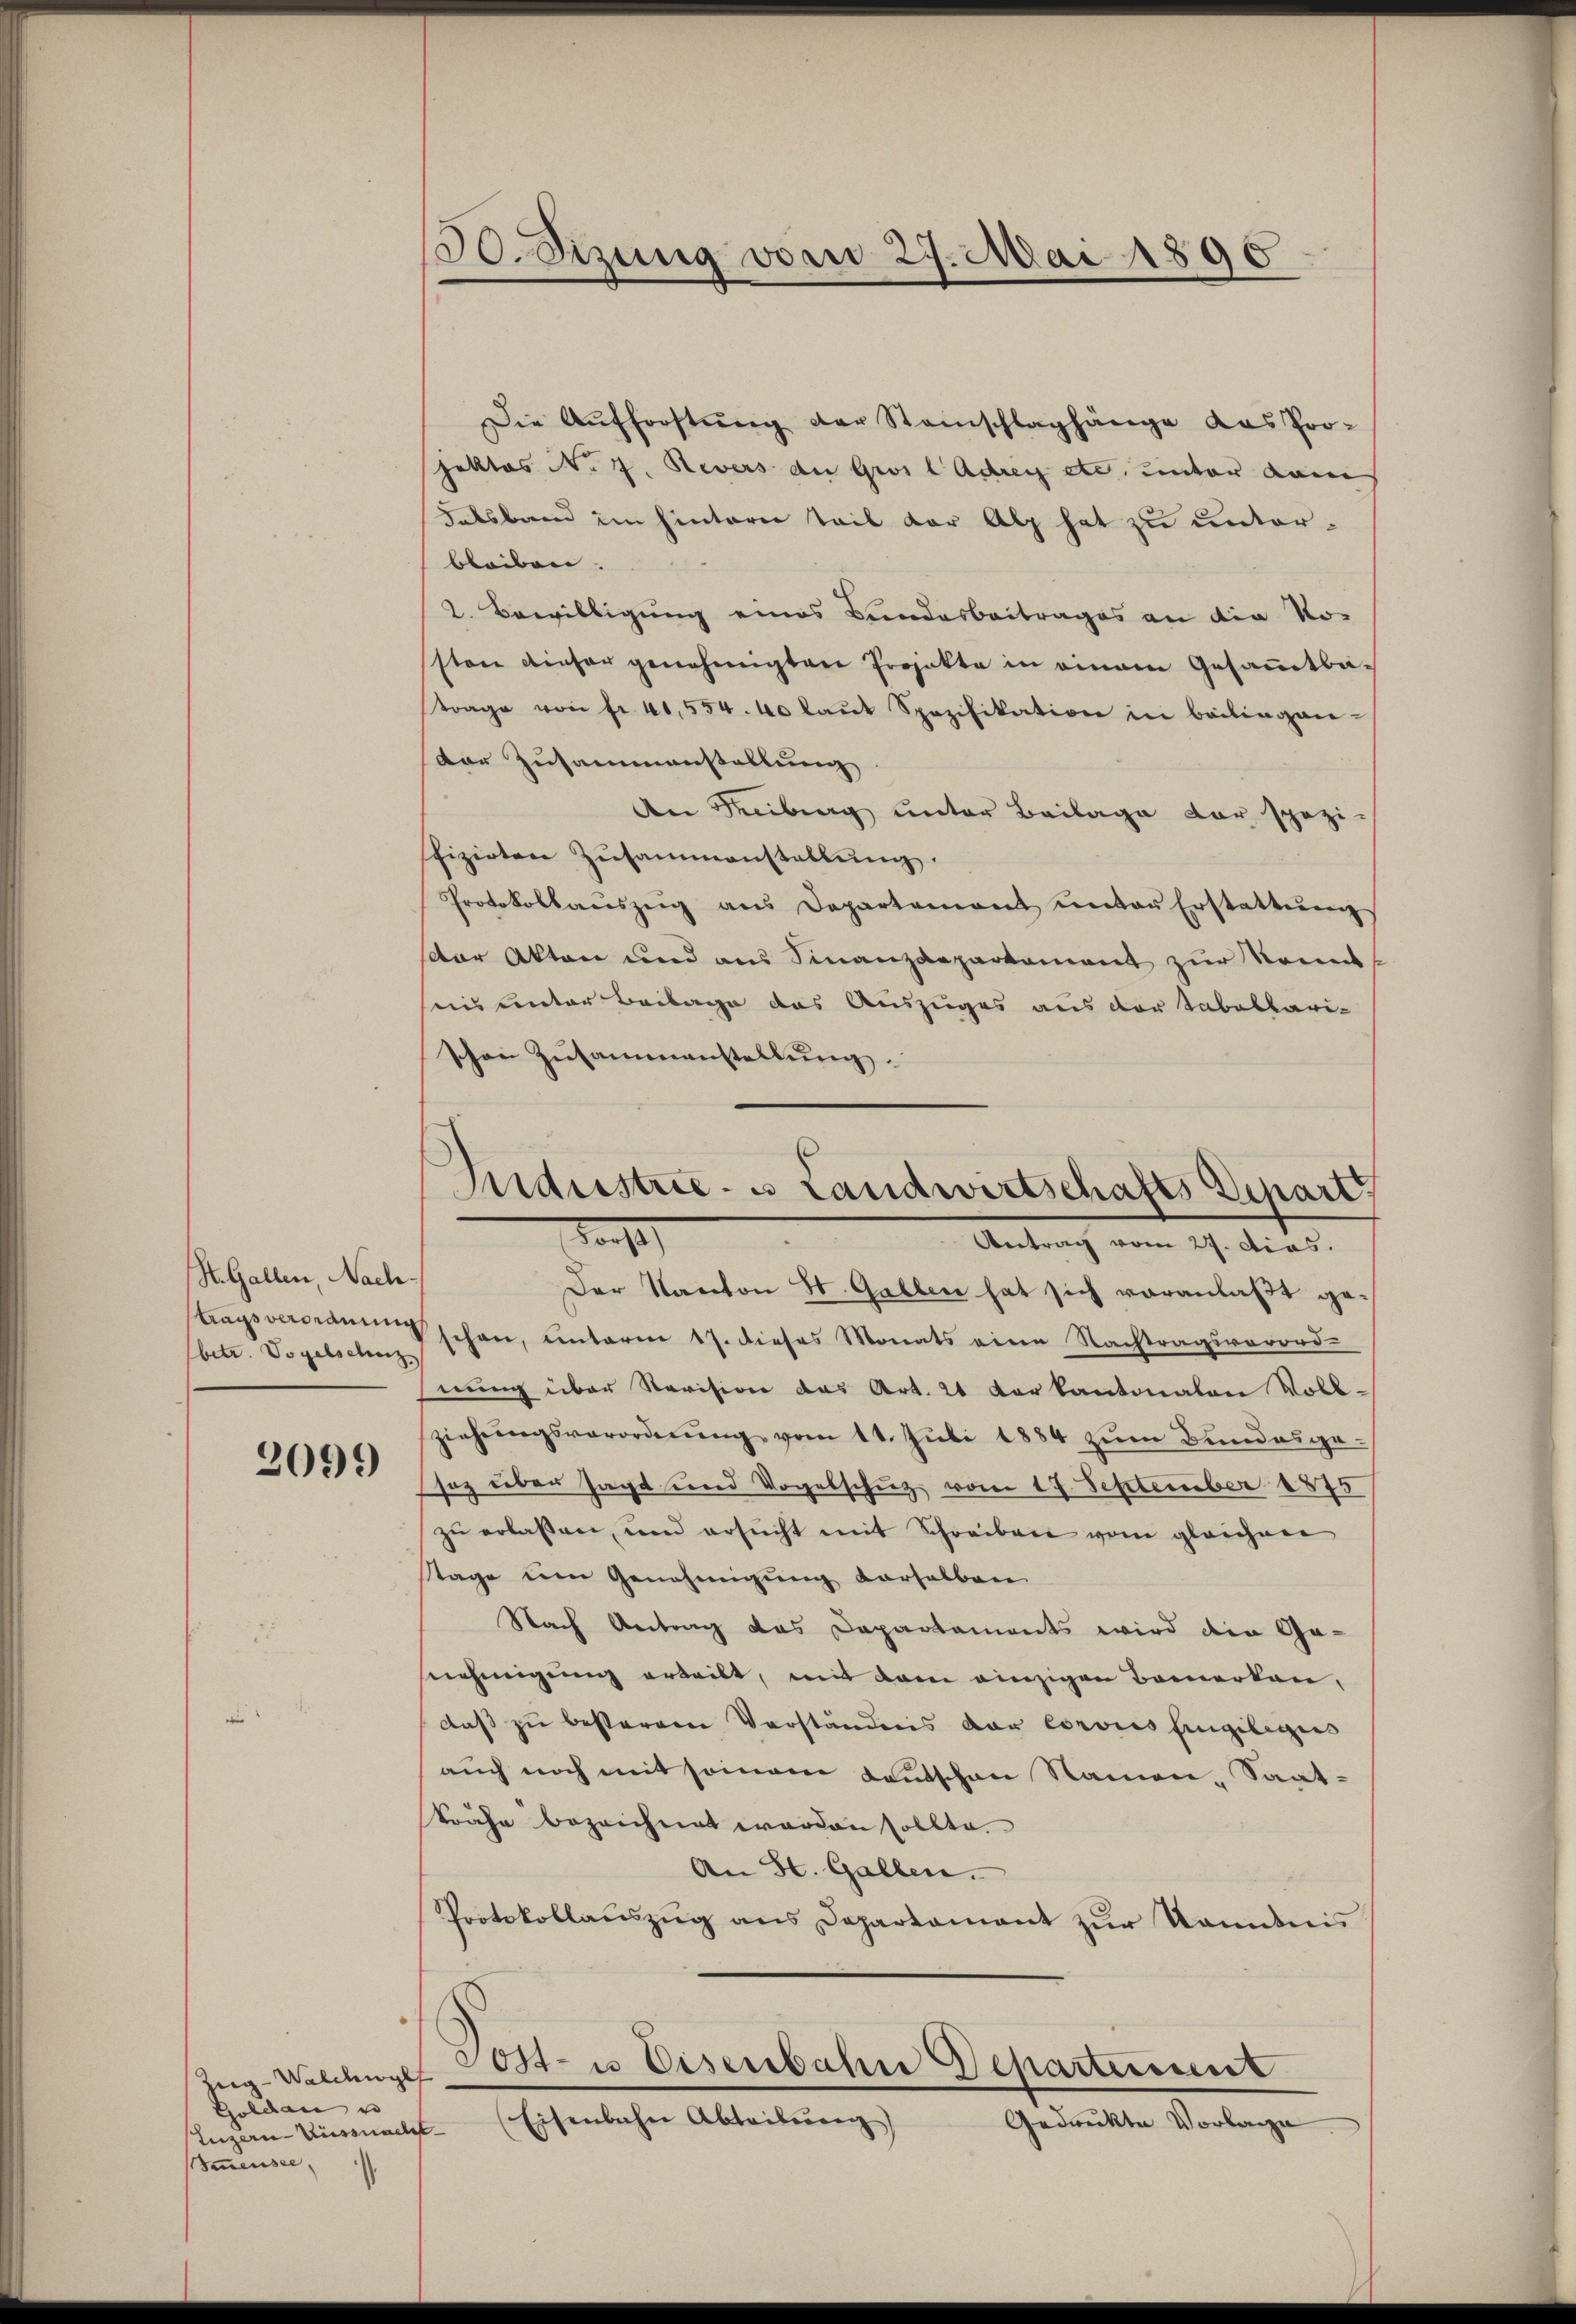
St. Gallen, Nach.
betr. Vogelschweiz.

2099

Zeig-Walchwylf
Goldau u |
Luzern Küssnacht
Bmnensee,

130. Sizung vom 27. Mai 1890

Die Aufforstŭng der Steinschlaghänge das Projektes No 7. Revers de Gros l Adrey etc. unter kam
Falsband im hinterer Teil der Alp hat zu unterbleiben.
2. Bewilligung eines Beindesbeitrages an die Vor
ssten dieser genehmigten Projekte in einem Gesammtba-
trage von fr. 41,554. 40 laŭt Spezifikation in beilingender Zusammenstellung.
An Reiburg unter Beilage der spezifizirten Zusammenstallung.
Protokollaŭszŭg ans Departement unter Erstattŭng
der Akten und aus Finanzdepartement zur Nominis unter Beilage das Auszuges aus der Tabellari-
schon Zŭsaṁeanstellŭng.
Der Kanton St. Gallen hat sich voranlaßt getragsverdrang schon, unterm 17. dieses Monats eine Nachtragsverord-
nung über Revision das Art. 21 der kantonalen Voll-
ziehungsverordnung vom 11. Juli 1884 zum Bundesgesoz über sagt und Vogelschuz vom 17. September 1875
zu erlaßen, und ersucht mit Schreiben vom gleichen
Stage ein Genehmigung derselben
Nach Antrag das Departaments wird die Ge-
snehmigung erteilt, mit dem einzigen Bemerken,
daß zu besterren Vorständnis der Corvies Eingelegens
auch noch mit seinem Lautschen Namen, Saatträfe bezeichnet worden sollte.
An St. Gallen.
Protokollaŭszŭg ans Departament zŭr Kaminis
Tost- u Eisenbahn Departeien
Eisenbahn Abteilienz)
Gedrückte Vorlage

Industrie- u Landwirtschafts Depart
Tocht
Antrag vom 27. Dies